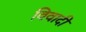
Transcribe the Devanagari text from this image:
विवादी